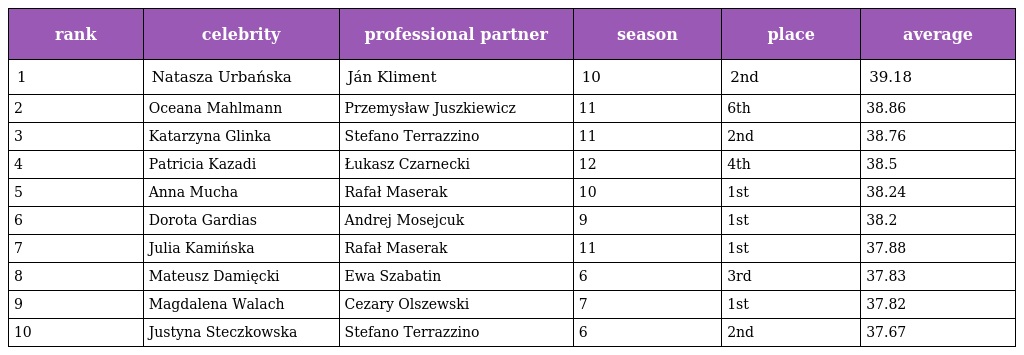
| rank | celebrity | professional partner | season | place | average |
 | --- | --- | --- | --- | --- | --- |
 | 1 | Natasza Urbańska | Ján Kliment | 10 | 2nd | 39.18 |
 | 2 | Oceana Mahlmann | Przemysław Juszkiewicz | 11 | 6th | 38.86 |
 | 3 | Katarzyna Glinka | Stefano Terrazzino | 11 | 2nd | 38.76 |
 | 4 | Patricia Kazadi | Łukasz Czarnecki | 12 | 4th | 38.5 |
 | 5 | Anna Mucha | Rafał Maserak | 10 | 1st | 38.24 |
 | 6 | Dorota Gardias | Andrej Mosejcuk | 9 | 1st | 38.2 |
 | 7 | Julia Kamińska | Rafał Maserak | 11 | 1st | 37.88 |
 | 8 | Mateusz Damięcki | Ewa Szabatin | 6 | 3rd | 37.83 |
 | 9 | Magdalena Walach | Cezary Olszewski | 7 | 1st | 37.82 |
 | 10 | Justyna Steczkowska | Stefano Terrazzino | 6 | 2nd | 37.67 |